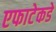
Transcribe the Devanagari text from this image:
एफाटेकडे